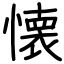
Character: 懐